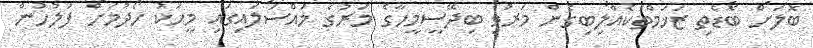
ބޮލަށް ބޮޑެތި ޒަޚަމްތަކެއްލިބިގެން މަރުވި ބިދޭސީމީހާގެ މަރުގެ މައްސަލައިގައި މީހަކު ހޯދުމަށް ފުލުހުން